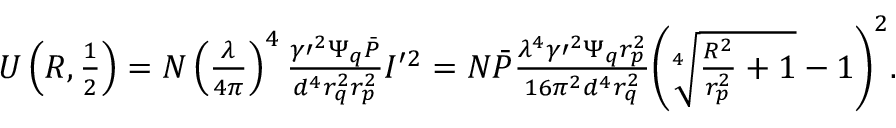
\begin{array} { r } { U \left( R , \frac 1 2 \right) = N \left( \frac { \lambda } { 4 \pi } \right) ^ { 4 } \frac { \gamma \prime ^ { 2 } \Psi _ { q } \bar { P } } { d ^ { 4 } r _ { q } ^ { 2 } r _ { p } ^ { 2 } } I \prime ^ { 2 } = N \bar { P } \frac { \lambda ^ { 4 } \gamma \prime ^ { 2 } \Psi _ { q } r _ { p } ^ { 2 } } { 1 6 \pi ^ { 2 } d ^ { 4 } r _ { q } ^ { 2 } } \bigg ( \sqrt [ 4 ] { \frac { R ^ { 2 } } { r _ { p } ^ { 2 } } + 1 } - 1 \bigg ) ^ { 2 } . } \end{array}